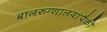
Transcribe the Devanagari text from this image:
बालरुग्णालयांपैकी